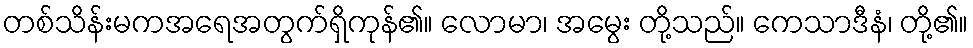
တစ်သိန်းမကအရေအတွက်ရှိကုန်၏။ လောမာ၊ အမွေး တို့သည်။ ကေသာဒီနံ၊ တို့၏။